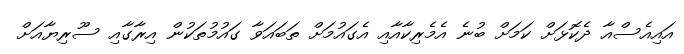
އައިއެސްއާ ދެކޮޅަށް ކަމަށް ބުނެ އެމެރިކާއާއި އެގައުމަށް ތަބައަވާ ގައުމުތަކުން އިރާގާއި ސޫރިޔާއަށް